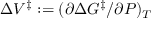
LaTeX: \Delta V ^ { \ddagger } : = ( \partial \Delta G ^ { \ddagger } / \partial P ) _ { T }